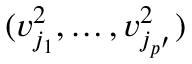
( v _ { j _ { 1 } } ^ { 2 } , \ldots , v _ { j _ { p ^ { \prime } } } ^ { 2 } )